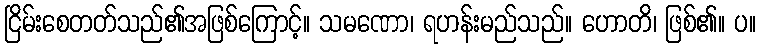
ငြိမ်းစေတတ်သည်၏အဖြစ်ကြောင့်။ သမဏော၊ ရဟန်းမည်သည်။ ဟောတိ၊ ဖြစ်၏။ ပ။